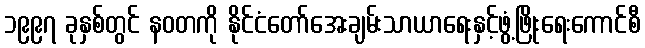
၁၉၉၇ ခုနှစ်တွင် နဝတကို နိုင်ငံတော်အေးချမ်းသာယာရေးနှင့်ဖွံ့ဖြိုးရေးကောင်စီ